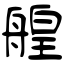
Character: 艎